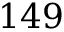
1 4 9